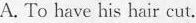
A. To have his hair cut.